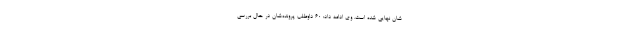
شان نهایی شده است. وی ادامه داد: ۶۰ داوطلب پرونده‌شان در حال بررسی